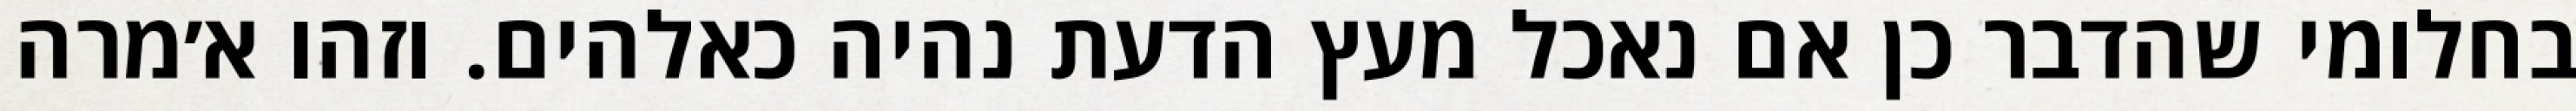
בחלומי שהדבר כן אם נאכל מעץ הדעת נהיה כאלהים. וזהו א׳מרה